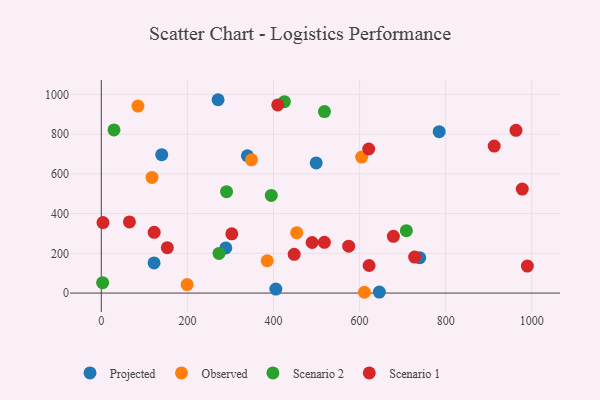
{"axis": {"x": "Ad Spend", "y": "Profit"}, "legend": ["Observed", "Projected", "Scenario 1", "Scenario 2"], "data": [{"x": "499.3", "y": 654.8, "type": "Projected"}, {"x": "785.0", "y": 812.2, "type": "Projected"}, {"x": "739.9", "y": 177.8, "type": "Projected"}, {"x": "339.4", "y": 690.9, "type": "Projected"}, {"x": "289.3", "y": 227.3, "type": "Projected"}, {"x": "271.3", "y": 972.8, "type": "Projected"}, {"x": "405.5", "y": 20.2, "type": "Projected"}, {"x": "122.6", "y": 151.9, "type": "Projected"}, {"x": "140.4", "y": 696.5, "type": "Projected"}, {"x": "646.0", "y": 5.0, "type": "Projected"}, {"x": "349.0", "y": 670.3, "type": "Observed"}, {"x": "117.8", "y": 582.1, "type": "Observed"}, {"x": "199.5", "y": 42.7, "type": "Observed"}, {"x": "385.5", "y": 162.7, "type": "Observed"}, {"x": "85.2", "y": 940.8, "type": "Observed"}, {"x": "611.3", "y": 4.0, "type": "Observed"}, {"x": "604.9", "y": 684.0, "type": "Observed"}, {"x": "454.0", "y": 304.1, "type": "Observed"}, {"x": "425.4", "y": 963.0, "type": "Scenario 2"}, {"x": "708.7", "y": 313.9, "type": "Scenario 2"}, {"x": "291.0", "y": 510.0, "type": "Scenario 2"}, {"x": "518.5", "y": 913.4, "type": "Scenario 2"}, {"x": "273.5", "y": 199.3, "type": "Scenario 2"}, {"x": "394.9", "y": 491.4, "type": "Scenario 2"}, {"x": "29.5", "y": 820.6, "type": "Scenario 2"}, {"x": "3.1", "y": 52.5, "type": "Scenario 2"}, {"x": "303.2", "y": 297.9, "type": "Scenario 1"}, {"x": "153.4", "y": 228.6, "type": "Scenario 1"}, {"x": "518.3", "y": 255.4, "type": "Scenario 1"}, {"x": "622.2", "y": 138.7, "type": "Scenario 1"}, {"x": "574.8", "y": 235.9, "type": "Scenario 1"}, {"x": "728.0", "y": 180.9, "type": "Scenario 1"}, {"x": "978.0", "y": 523.2, "type": "Scenario 1"}, {"x": "409.9", "y": 946.5, "type": "Scenario 1"}, {"x": "448.1", "y": 194.8, "type": "Scenario 1"}, {"x": "3.9", "y": 354.9, "type": "Scenario 1"}, {"x": "489.8", "y": 254.5, "type": "Scenario 1"}, {"x": "621.3", "y": 724.8, "type": "Scenario 1"}, {"x": "963.4", "y": 818.9, "type": "Scenario 1"}, {"x": "678.6", "y": 285.4, "type": "Scenario 1"}, {"x": "65.4", "y": 358.2, "type": "Scenario 1"}, {"x": "122.9", "y": 305.7, "type": "Scenario 1"}, {"x": "989.9", "y": 135.6, "type": "Scenario 1"}, {"x": "912.8", "y": 739.5, "type": "Scenario 1"}]}